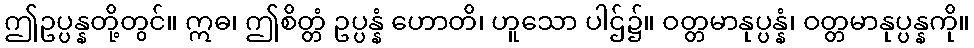
ဤဥပ္ပန္နတို့တွင်။ ဣဓ၊ ဤစိတ္တံ ဥပ္ပန္နံ ဟောတိ၊ ဟူသော ပါဌ်၌။ ဝတ္တမာနုပ္ပန္နံ၊ ဝတ္တမာနုပ္ပန္နကို။